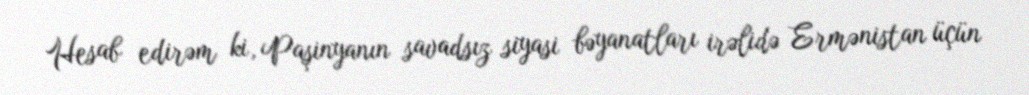
Hesab edirəm ki, Paşinyanın savadsız siyasi bəyanatları irəlidə Ermənistan üçün